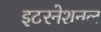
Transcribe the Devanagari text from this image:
इटरनेशनल